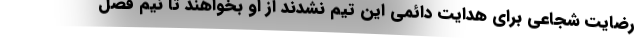
رضایت شجاعی برای هدایت دائمی این تیم نشدند از او بخواهند تا نیم فصل